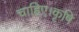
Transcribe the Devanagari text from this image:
चाहिए।कृषि